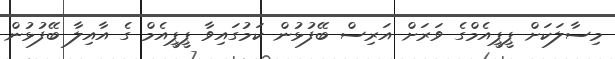
މިސާލަކަށް ޕީޕީއެމްގެ ވަރަށް އަރިސް ބޭފުޅުން ކަމުގައިވާ ޕީޕީއެމް ގެ އާއިލާ ބޭފުޅުން